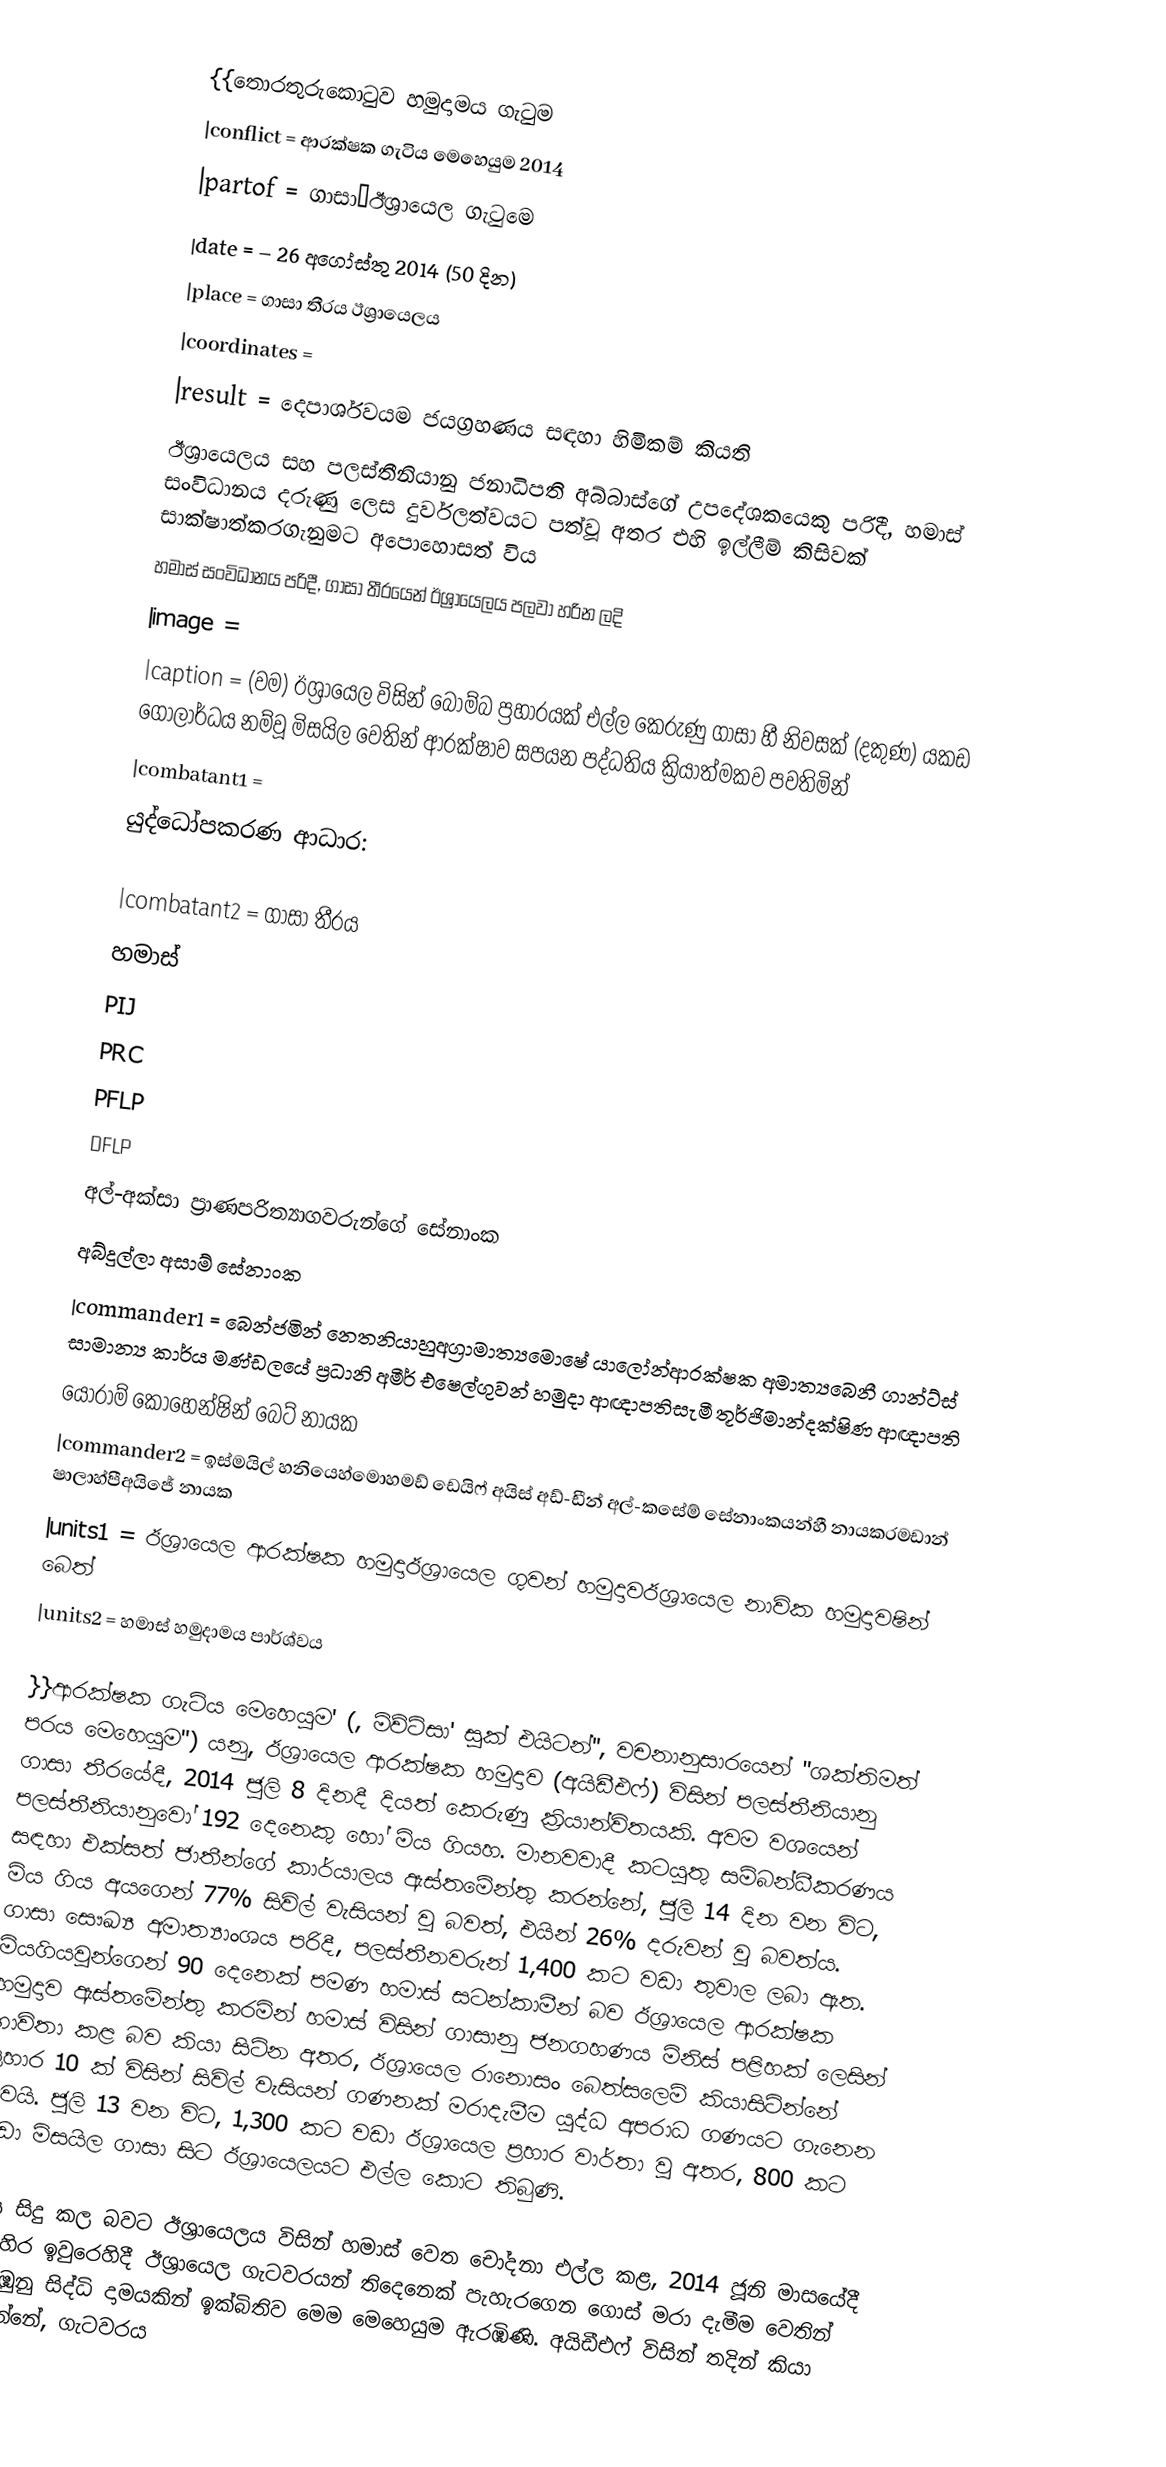
{{තොරතුරුකොටුව හමුදාමය ගැටුම
|conflict    = ආරක්ෂක ගැටිය මෙහෙයුම 2014
|partof      =  ගාසා–ඊශ්‍රායෙල ගැටුමෙ
|date        =  – 26 අගෝස්තු 2014 (50 දින)
|place       = ගාසා තීරය ඊශ්‍රායෙලය
|coordinates =
|result = දෙපාර්ශවයම ජයග්‍රහණය සඳහා හිමිකම් කියති
ඊශ්‍රායෙලය සහ පලස්තීනියානු ජනාධිපති අබ්බාස්ගේ උපදේශකයෙකු පරිදී, හමාස් සංවිධානය දරුණු ලෙස දුර්වලත්වයට පත්වූ අතර එහි ඉල්ලීම් කිසිවක් සාක්ෂාත්කරගැනුමට අපොහොසත් විය
හමාස් සංවිධානය පරිදී, ගාසා තීරයෙන් ඊශ්‍රායෙලය පලවා හරින ලදි
|image =
|caption = (වම) ඊශ්‍රායෙල විසින් බෝම්බ ප්‍රහාරයක් එල්ල කෙරුණු ගාසා හී නිවසක් (දකුණ) යකඩ ගෝලාර්ධය නම්වූ මිසයිල වෙතින් ආරක්ෂාව සපයන පද්ධතිය ක්‍රියාත්මකව පවතිමින්
|combatant1  =
යුද්ධෝපකරණ ආධාර:

|combatant2  =  ගාසා තීරය
හමාස්
PIJ
PRC
PFLP
DFLP
අල්-අක්සා ප්‍රාණපරිත්‍යාගවරුන්ගේ සේනාංක
අබ්දුල්ලා අසාම් සේනාංක
|commander1  = බෙන්ජමින් නෙතනියාහුඅග්‍රාමාත්‍යමොෂේ යාලෝන්ආරක්ෂක අමාත්‍යබෙනී ගාන්ට්ස් සාමාන්‍ය කාර්ය මණ්ඩලයේ ප්‍රධානි අමීර් එෂෙල්ගුවන් හමුදා ආඥාපතිසැමී තූර්ජිමාන්දක්ෂිණ ආඥාපති
යෝරාම් කොහෙන්ෂින් බෙට් නායක
|commander2  = ඉස්මයිල් හනියෙහ්මොහමඩ් ඩෙයිෆ්  අයිස් අඩ්-ඩීන් අල්-කසේම් සේනාංකයන්හී නායකරමඩාන් ෂාලාහ්පීඅයිජේ නායක
|units1      = ඊශ්‍රායෙල ආරක්ෂක හමුදාඊශ්‍රායෙල ගුවන් හමුදාවඊශ්‍රායෙල නාවික හමුදාවෂින් බෙත්
|units2      = හමාස් හමුදාමය පාර්ශ්වය

}}ආරක්ෂක ගැටිය මෙහෙයුම' (, මිව්ට්සා' සුක් එයිටන්'', වචනානුසාරයෙන් "ශක්තිමත් පරය මෙහෙයුම") යනු,  ඊශ්‍රායෙල ආරක්ෂක හමුදාව (අයිඩීඑෆ්) විසින් පලස්තීනියානු ගාසා තීරයේදී, 2014 ජූලි 8 දිනදී දියත් කෙරුණු ක්‍රියාන්විතයකි.    අවම වශයෙන් පලස්තීනියානුවෝ 192 දෙනෙකු හෝ මිය ගියහ. මානවවාදී කටයුතු සම්බන්ධීකරණය සඳහා එක්සත් ජාතීන්ගේ කාර්යාලය ඇස්තමේන්තු කරන්නේ, ජූලි 14 දින වන විට, මිය ගිය අයගෙන් 77% සිවිල් වැසියන් වූ බවත්, එයින් 26% දරුවන් වූ බවත්ය. ගාසා සෞඛ්‍ය අමාත්‍යාංශය පරිදී, පලස්තීනවරුන් 1,400 කට වඩා තුවාල ලබා ඇත. මියගියවුන්ගෙන් 90 දෙනෙක් පමණ හමාස් සටන්කාමීන් බව ඊශ්‍රායෙල ආරක්ෂක හමුදාව ඇස්තමේන්තු කරමින් හමාස් විසින් ගාසානු ජනගහණය මිනිස් පළිහක් ලෙසින් භාවිතා කළ බව කියා සිටින අතර, ඊශ්‍රායෙල රානොසං බෙත්සලෙම් කියාසිටින්නේ ප්‍රහාර 10 ක් විසින් සිවිල් වැසියන් ගණනක් මරාදැමීම යුද්ධ අපරාධ ගණයට ගැනෙන බවයි. ජූලි 13 වන විට, 1,300 කට වඩා ඊශ්‍රායෙල ප්‍රහාර වාර්තා වූ අතර, 800 කට වඩා මිසයිල ගාසා සිට ඊශ්‍රායෙලයට එල්ල කොට තිබුණි.

එය සිදු කල බවට ඊශ්‍රායෙලය විසින් හමාස් වෙත චෝදනා එල්ල කළ,  2014 ජූනි මාසයේදී බටහිර ඉවුරෙහිදී  ඊශ්‍රායෙල ගැටවරයන් තිදෙනෙක් පැහැරගෙන ගොස් මරා දැමීම වෙතින් ඇරඹුනු සිද්ධි දාමයකින් ඉක්බිතිව මෙම මෙහෙයුම ඇරඹිණි. අයිඩීඑෆ් විසින් තදින් කියා සිටින්නේ, ගැටවරය